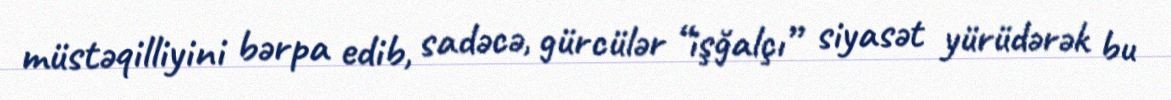
müstəqilliyini bərpa edib, sadəcə, gürcülər “işğalçı” siyasət yürüdərək bu